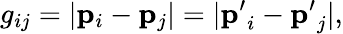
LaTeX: g_{ij}=|\mathbf{p}_{i}-\mathbf{p}_{j}|=|\mathbf{p^{\prime}}_{i}-\mathbf{p^{\prime}}_{j}|,